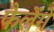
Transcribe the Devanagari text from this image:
फैलेंगे